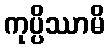
ကုပ္ပိဿာမိ